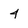
Character: 4